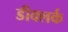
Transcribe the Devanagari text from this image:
डीक्लर्क